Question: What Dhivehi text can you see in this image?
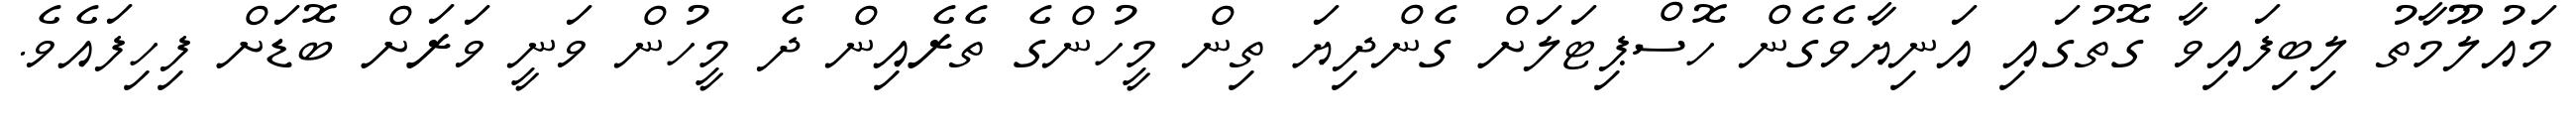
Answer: މައުލޫމާތު ލިބިފައިވާ ގޮތުގައި އަނިޔާވެގެން ހޮސްޕިޓަލަށް ގެންދިޔަ ތިން މީހުންގެ ތެރެއިން ދެ މީހުން ވަނީ ވަރަށް ބޮޑަށް ފިހިފައެވެ.